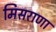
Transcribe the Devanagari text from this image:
मिसराणा